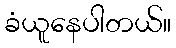
ခံယူနေပါတယ်။